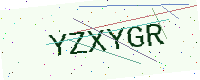
Text: YZXYGR